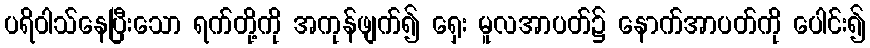
ပရိဝါသ်နေပြီးသော ရက်တို့ကို အကုန်ဖျက်၍ ရှေး မူလအာပတ်၌ နောက်အာပတ်ကို ပေါင်း၍